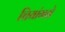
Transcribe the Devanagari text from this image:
चियांगग्रे